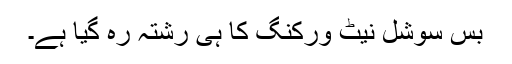
بس سوشل نیٹ ورکنگ کا ہی رشتہ رہ گیا ہے۔